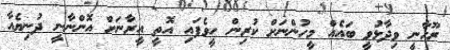
ރޫހާނީ ވިދާޅުވީ ބައެއް މީހުންނަށް ކުރިން ހީވެފައި އޮތީ އީރާނަށް އޮންނާނީ ދުނިޔެއާ